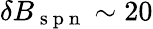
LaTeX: \delta B_{\mathrm{~s~p~n~}}\sim 20